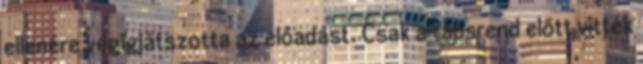
ellenére végigjátszotta az előadást. Csak a tapsrend előtt vitték